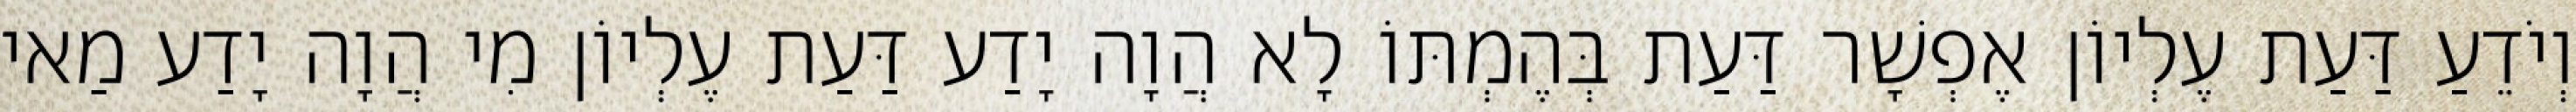
וְיֹדֵעַ דַּעַת עֶלְיוֹן אֶפְשָׁר דַּעַת בְּהֶמְתּוֹ לָא הֲוָה יָדַע דַּעַת עֶלְיוֹן מִי הֲוָה יָדַע מַאי